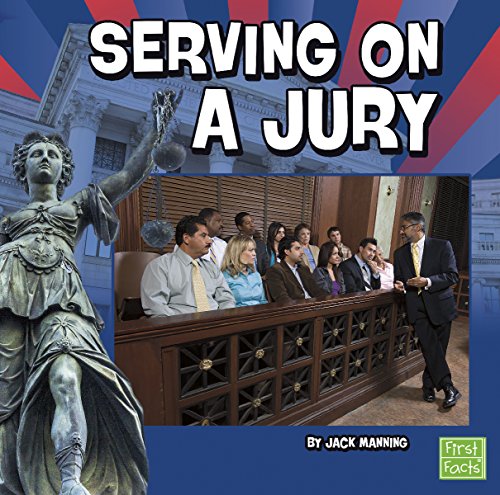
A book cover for Serving on a Jury (Our Government); Jack Manning; Children's Books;